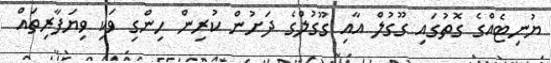
ޔުނިޓެއްގެ ގޮތުގައި ގޫގުލް އާއި ގޫގުލްގެ ދަށުން ކުރިން ހިންގި ވަކި ވިޔަފާރިތައް